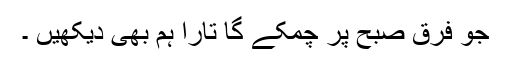
جو فرقِ صبح پر چمکے گا تارا ہم بھی دیکھیں ۔